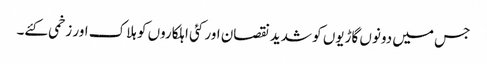
جس میں دونوں گاڑیوں کو شدید نقصان اور کئی اہلکاروں کو ہلاک اور زخمی کئے۔